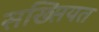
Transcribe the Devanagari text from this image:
सख्सियत